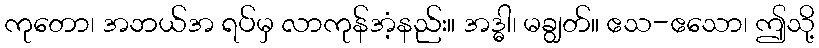
ကုတော၊ အဘယ်အ ရပ်မှ လာကုန်အံ့နည်း။ အဒ္ဓါ၊ မချွတ်။ ဧသ-ဧသော၊ ဤသို့